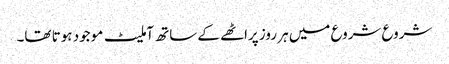
شروع شروع میں ہر روز پراٹھے کے ساتھ آملیٹ موجود ہوتا تھا۔